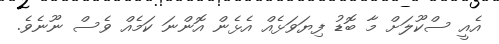
އެއީ ސްކޫލަށް މާ ބޮޑު ފިޔަވަޅެއް އެޅެން އޮންނަ ކަމެއް ވެސް ނޫނެވެ.